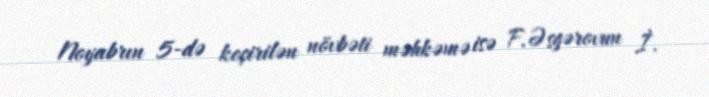
Noyabrın 5-də keçirilən növbəti məhkəmə isə F.Əsgərovun İ.